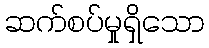
ဆက်စပ်မှုရှိသော